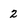
Character: 2